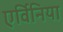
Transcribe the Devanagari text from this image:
एर्विनिया